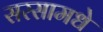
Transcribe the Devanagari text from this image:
सरसामधे